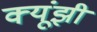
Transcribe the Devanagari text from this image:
क्यूंझी